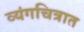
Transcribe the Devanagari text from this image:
व्यंगचित्रात